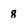
Character: 8